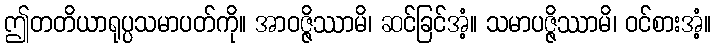
ဤတတိယာရုပ္ပသမာပတ်ကို။ အာဝဇ္ဇိဿာမိ၊ ဆင်ခြင်အံ့။ သမာပဇ္ဇိဿာမိ၊ ဝင်စားအံ့။